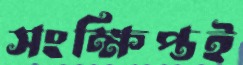
সংক্ষিপ্তই